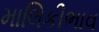
માલિકીભાવ